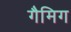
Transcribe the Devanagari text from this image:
गैमिग